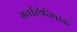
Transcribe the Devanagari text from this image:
मनःस्थितिपरक